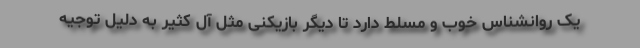
یک روانشناس خوب و مسلط دارد تا دیگر بازیکنی مثل آل کثیر به دلیل توجیه